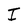
Character: I